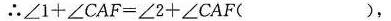
∴$$∠ 1 + ∠ C A F = ∠ 2 + ∠ C A F ( )$$，